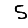
Digit: 5